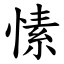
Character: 愫